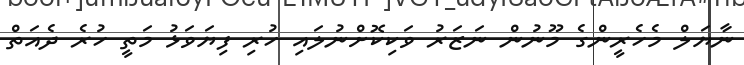
ނާޔަލް މެހެރީންގެ މޫނުން ނަޒަރު ވަކިކޮށްނުލައި ހުރި ފިޔަވަޅު މަތީ ހުރެ ދެއަތް